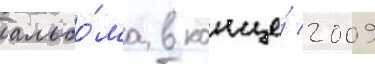
альбо́ма в конце́ 2009